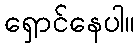
ရှောင်နေပါ။